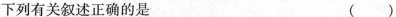
下列有关叙述正确的是 （ ）